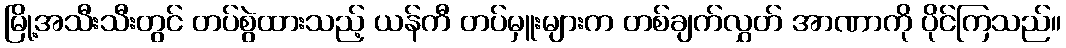
မြို့အသီးသီးတွင် တပ်စွဲထားသည့် ယန်ကီ တပ်မှူးများက တစ်ချက်လွှတ် အာဏာကို ပိုင်ကြသည်။